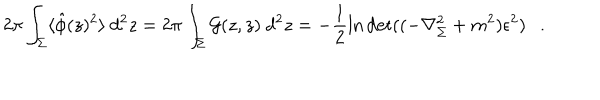
2 \pi \int _ { \Sigma } \langle \hat { \phi } ( z ) ^ { 2 } \rangle ~ d ^ { 2 } z = 2 \pi \int _ { \Sigma } { \cal G } ( z , z ) ~ d ^ { 2 } z = - \frac 1 2 \ln \det ( ( - \nabla _ { \Sigma } ^ { 2 } + m ^ { 2 } ) \epsilon ^ { 2 } ) .